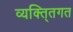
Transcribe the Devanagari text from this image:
व्यक्ति्तगत